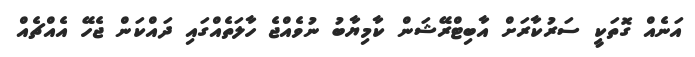
އަނެއް ގޮތަކީ ސަރުކާރަށް އާބިޓްރޭޝަން ކާމިޔާބު ނުވެއްޖެ ހާލަތެއްގައި ދައްކަން ޖެހޭ އެއްޗެއް